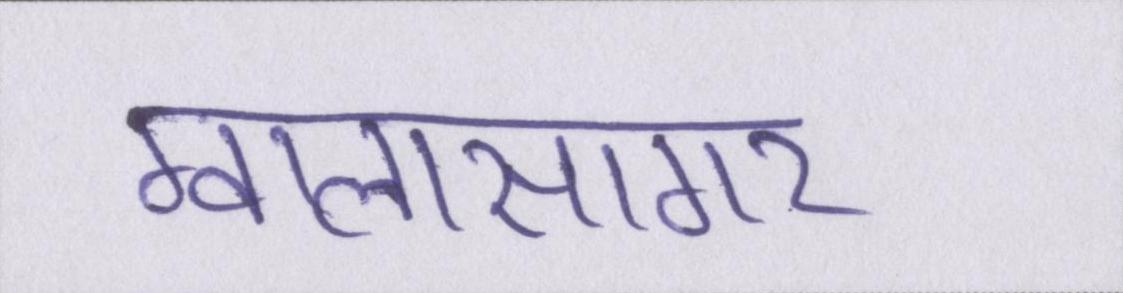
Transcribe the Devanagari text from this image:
ग्वालासागर